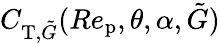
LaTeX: C_{\textup{T},\tilde{G}}(Re_{\textup{p}},\theta,\alpha,\tilde{G})